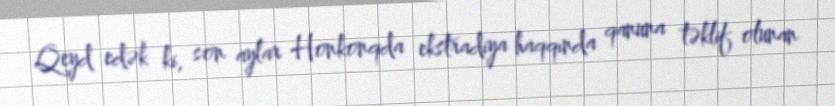
Qeyd edək ki, son aylar Honkonqda ekstradiya haqqında qanuna təklif olunan